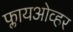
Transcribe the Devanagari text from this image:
फ्लायओव्हर